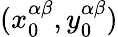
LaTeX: (x_{0}^{\alpha\beta},y_{0}^{\alpha\beta})